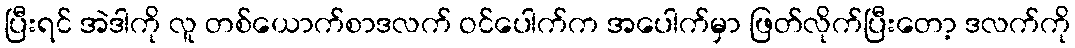
ပြီးရင် အဲဒါကို လူ တစ်ယောက်စာဒလက် ဝင်ပေါက်က အပေါက်မှာ ဖြတ်လိုက်ပြီးတော့ ဒလက်ကို